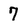
Character: 7